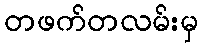
တဖက်တလမ်းမှ